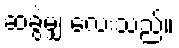
ဆခွဲမျှ လေးသည်။